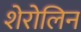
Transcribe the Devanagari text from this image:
शेरोलिन